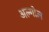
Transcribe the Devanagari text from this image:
अल्गोल